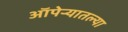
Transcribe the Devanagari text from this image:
ऑपेऱ्यातल्या